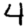
Digit: 4